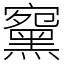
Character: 䵫